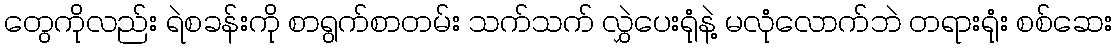
တွေကိုလည်း ရဲစခန်းကို စာရွက်စာတမ်း သက်သက် လွှဲပေးရုံနဲ့ မလုံလောက်ဘဲ တရားရုံး စစ်ဆေး